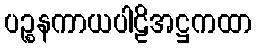
ပဉ္စနကာယပါဠိအဋ္ဌကထာ